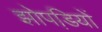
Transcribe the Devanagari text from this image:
झोपडि़यों